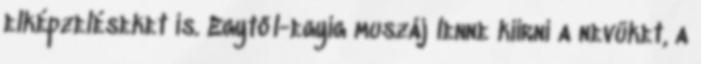
elképzeléseket is. Egytől-egyig muszáj lenne kiírni a nevüket, a